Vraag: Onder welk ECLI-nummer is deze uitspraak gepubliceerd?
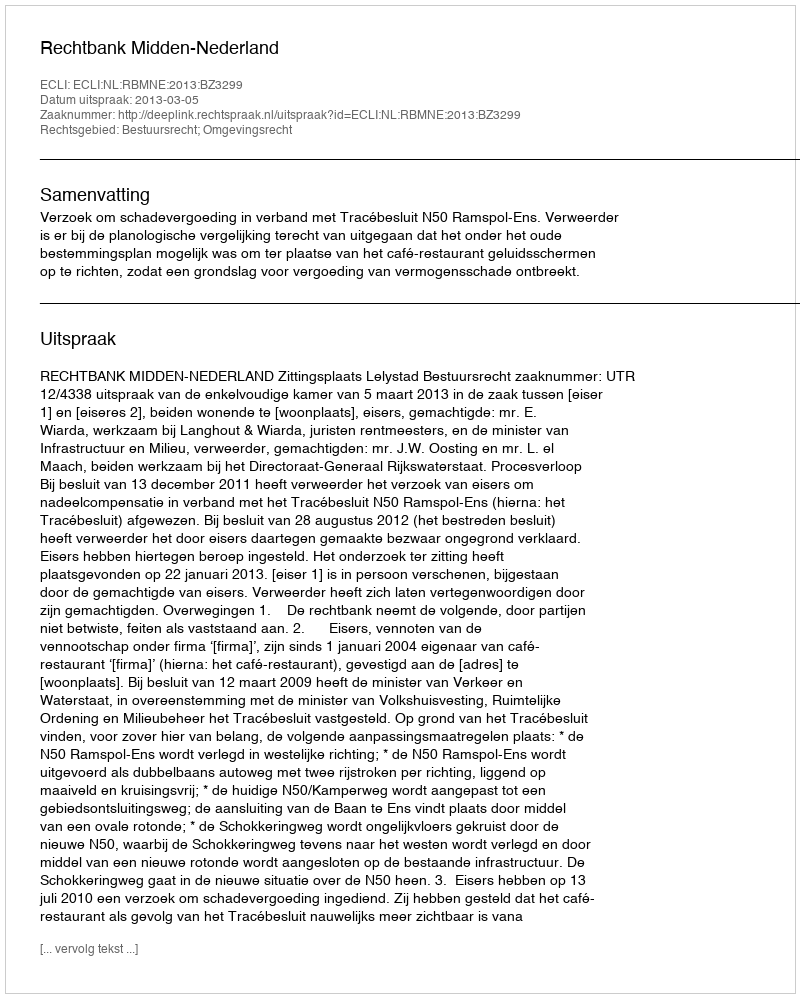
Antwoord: ECLI:NL:RBMNE:2013:BZ3299